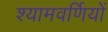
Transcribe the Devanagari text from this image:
श्यामवर्णियों